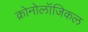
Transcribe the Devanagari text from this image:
क्रोनोलॉजिकल